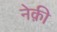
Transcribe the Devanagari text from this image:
नेक़ी